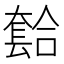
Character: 𫯾